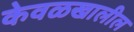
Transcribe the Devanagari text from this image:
केवळखालील